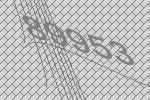
89953